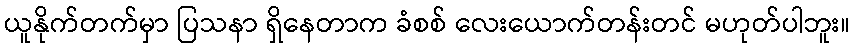
ယူနိုက်တက်မှာ ပြသနာ ရှိနေတာက ခံစစ် လေးယောက်တန်းတင် မဟုတ်ပါဘူး။